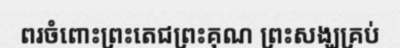
ពរចំពោះព្រះតេជព្រះគុណ ព្រះសង្ឃគ្រប់